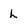
Character: L